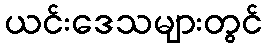
ယင်းဒေသများတွင်